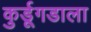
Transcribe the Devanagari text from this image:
कुर्डूगडाला